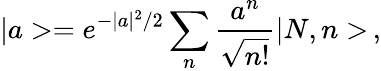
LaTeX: |a>=e^{-|a|^{2}/2}\sum_{n}\frac{a^{n}}{\sqrt{n!}}|N,n>\, ,